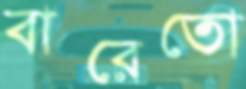
বারেতো